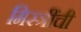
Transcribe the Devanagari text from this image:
मिस्त्रींची